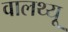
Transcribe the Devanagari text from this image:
वालथ्यू